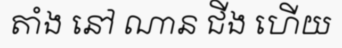
តាំង នៅ ណាន ជីង ហើយ